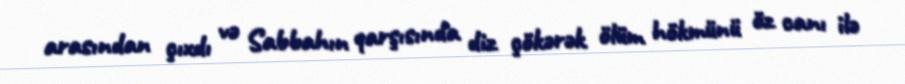
arasından çıxdı və Sabbahın qarşısında diz çökərək ölüm hökmünü öz canı ilə